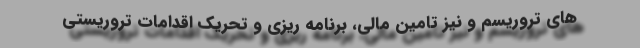
های تروریسم و نیز تامین مالی، برنامه ریزی و تحریک اقدامات تروریستی